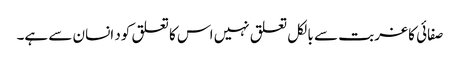
صفائی کا غربت سے بالکل تعلق نہیں اس کا تعلق کود انسان سے ہے۔